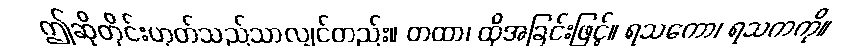
ဤဆိုတိုင်းဟုတ်သည်သာလျှင်တည်း။ တထာ၊ ထိုအခြင်းဖြင့်။ ရသကော၊ ရသကကို။